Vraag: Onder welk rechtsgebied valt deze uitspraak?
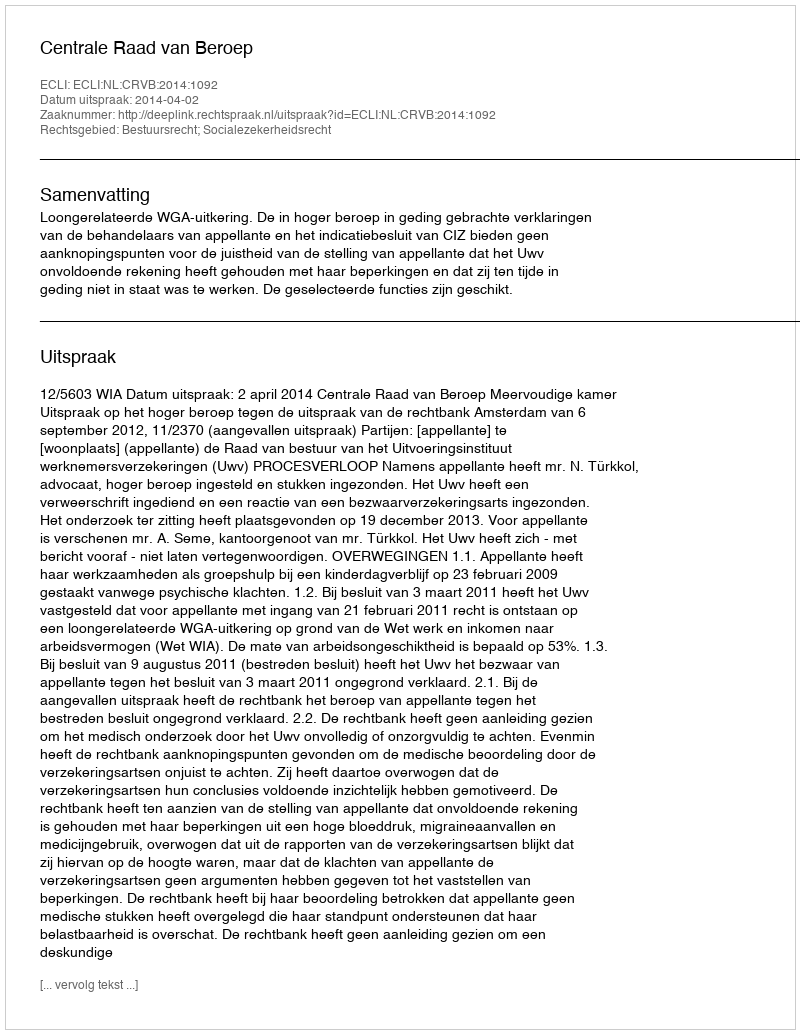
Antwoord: Bestuursrecht; Socialezekerheidsrecht